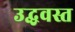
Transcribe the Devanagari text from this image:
उद्धवस्त